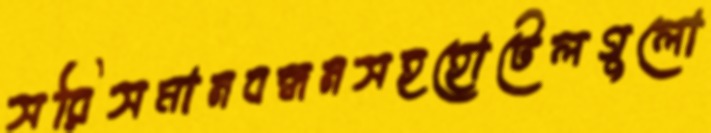
সরিসমানবন্ধনসহহোটেলগুলো